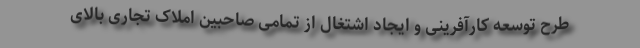
طرح توسعه کارآفرینی و ایجاد اشتغال از تمامی صاحبین املاک تجاری بالای